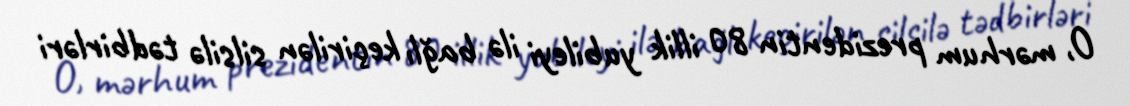
O, mərhum prezidentin 80 illik yubileyi ilə bağlı keçirilən silsilə tədbirləri